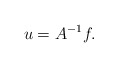
\begin{align*}u=A^{-1}f.\end{align*}